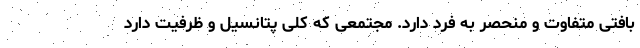
بافتی متفاوت و منحصر به فرد دارد. مجتمعی که کلی پتانسیل و ظرفیت دارد